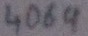
Text: 4069